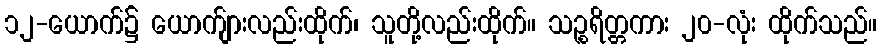
၁၂-ယောက်၌ ယောက်ျားလည်းထိုက်၊ သူတို့လည်းထိုက်။ သဉ္စရိတ္တကား ၂၀-လုံး ထိုက်သည်။